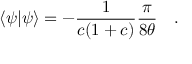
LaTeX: \langle \psi \vert \psi \rangle = - \frac { 1 } { c ( 1 + c ) } \frac { \pi } { 8 \theta } \quad .